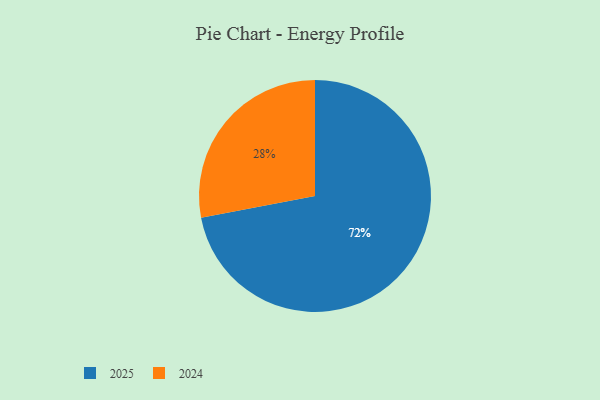
{"axis": {"x": "Category", "y": "Percentage"}, "legend": ["2024", "2025"], "data": [{"x": "2025", "y": 72, "type": "2025"}, {"x": "2024", "y": 28, "type": "2024"}]}